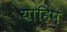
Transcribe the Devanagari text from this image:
याहिप